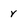
Character: v